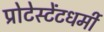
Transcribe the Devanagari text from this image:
प्रोटेस्टेंटधर्मी